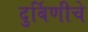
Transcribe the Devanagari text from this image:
दुर्बिणीचे